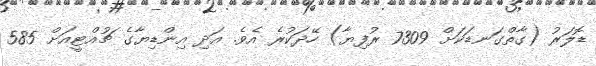
ޑޮލަރު (ގާތްގަނޑަކަށް 7309 ރުފިޔާ) ހޭދަކުރެ އެވެ. އަދި އިންޑިޔާގެ ޗުއްޓީއަށް 585